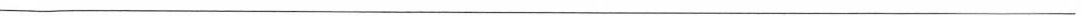
___